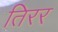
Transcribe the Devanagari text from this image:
तिरर